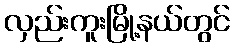
လှည်းကူးမြို့နယ်တွင်